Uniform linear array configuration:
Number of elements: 64
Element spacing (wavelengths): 0.75
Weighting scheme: exponential
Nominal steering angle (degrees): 30
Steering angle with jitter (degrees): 29.093
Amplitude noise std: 0.05
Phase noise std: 0.05

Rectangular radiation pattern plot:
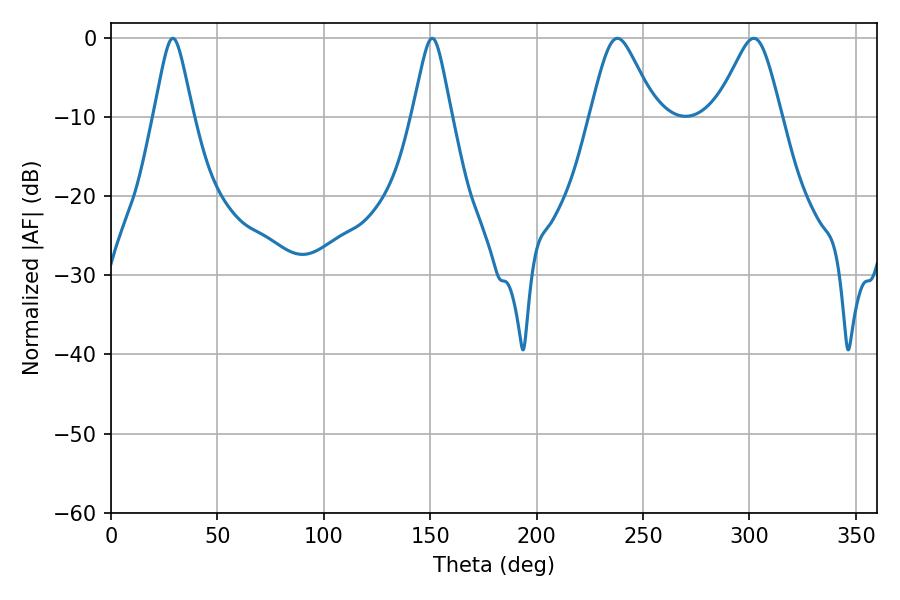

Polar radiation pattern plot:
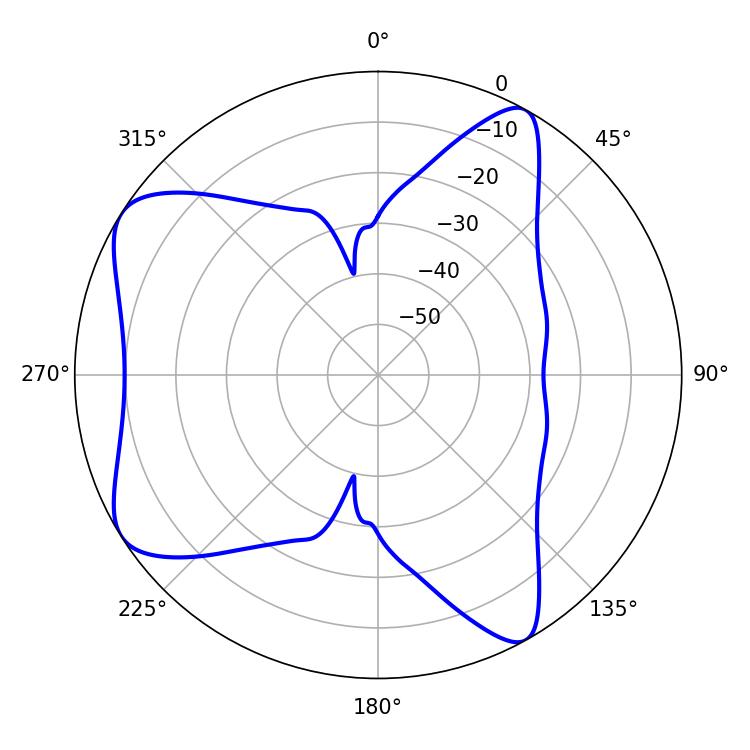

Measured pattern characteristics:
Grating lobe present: TRUE
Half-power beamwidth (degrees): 14.76
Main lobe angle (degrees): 237.96